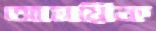
আময়িক